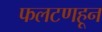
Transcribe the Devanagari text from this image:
फलटणहून